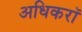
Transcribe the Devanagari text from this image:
अधिकरॉ